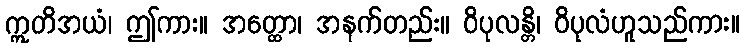
ဣတိအယံ၊ ဤကား။ အတ္ထော၊ အနက်တည်း။ ဝိပုလန္တိ၊ ဝိပုလံဟူသည်ကား။